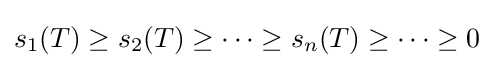
s_{1}(T)\geq s_{2}(T)\geq \cdots \geq s_{n}(T)\geq \cdots \geq 0